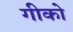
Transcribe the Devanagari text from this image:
गीको